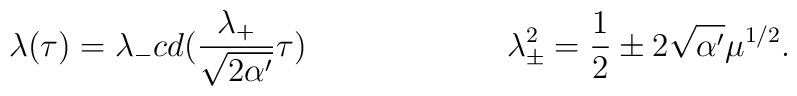
\lambda (\tau ) = \lambda _{-} cd (\frac{\lambda _{+}}{\sqrt{2\alpha '}}\tau )\hspace{1in}\lambda _{\pm} ^{2} = \frac{1}{2} \pm 2\sqrt{\alpha '} \mu ^{1/2}.